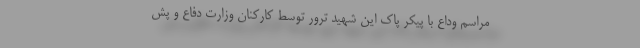
مراسم وداع با پیکر پاک این شهید ترور توسط کارکنان وزارت دفاع و پش